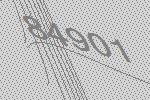
84901